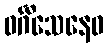
ဝင်္ဂီသေနေဝ